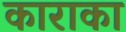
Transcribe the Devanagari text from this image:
काराका